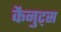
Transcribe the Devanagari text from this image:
कैनुट्स